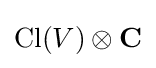
\operatorname {Cl} (V)\otimes \mathbf {C}